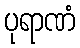
ပုရာဏံ